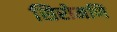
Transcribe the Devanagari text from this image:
सिरोमणि